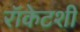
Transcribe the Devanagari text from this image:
रॉकेटशी